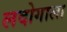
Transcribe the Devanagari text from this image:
लदोगाला